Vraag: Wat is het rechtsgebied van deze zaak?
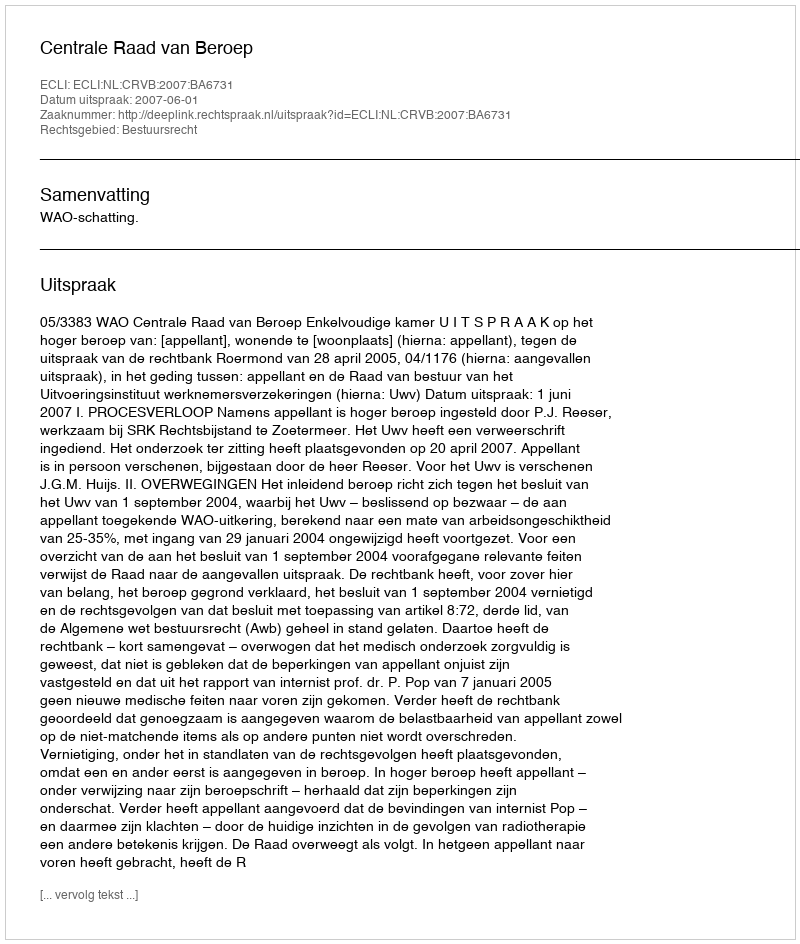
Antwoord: Bestuursrecht